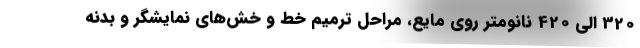
320 الی 420 نانومتر روی مایع، مراحل ترمیم خط و خش‌های نمایشگر و بدنه